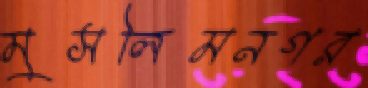
মুসলিমনগর